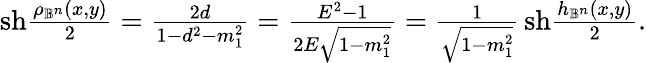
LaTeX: \begin{array}{r}{\mathrm{sh}\frac{\rho_{\mathbb{B}^{n}}(x,y)}{2}=\frac{2d}{1-d^{2}-m_{1}^{2}}=\frac{E^{2}-1}{2E\sqrt{1-m_{1}^{2}}}=\frac{1}{\sqrt{1-m_{1}^{2}}}\, \mathrm{sh}\frac{h_{\mathbb{B}^{n}}(x,y)}{2}.}\end{array}